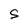
Character: S